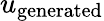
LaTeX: u_{\mathrm{generated}}